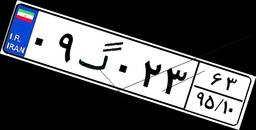
۰۹گ۰۲۳۶۳